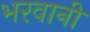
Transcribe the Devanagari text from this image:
भरवानी